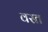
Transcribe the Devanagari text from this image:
वस्त